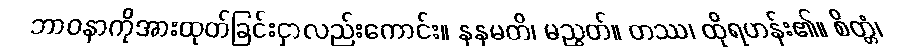
ဘာဝနာကိုအားထုတ်ခြင်းငှာလည်းကောင်း။ နနမတိ၊ မညွတ်။ တဿ၊ ထိုရဟန်း၏။ စိတ္တံ၊